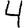
Digit: 4